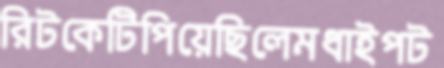
রিটকেটিপিয়েছিলেমধাইপট